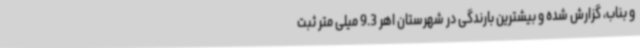
و بناب، گزارش شده و بیشترین بارندگی در شهرستان اهر 9.3 میلی متر ثبت